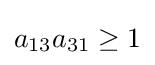
a_{13}a_{31}\geq 1